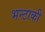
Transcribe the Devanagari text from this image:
भन्टाकी